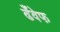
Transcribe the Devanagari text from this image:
ढँवेफ